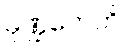
မုဏ္ဍကေဟိ